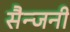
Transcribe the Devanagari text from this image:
सैन्जनी